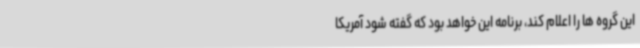
این گروه ها را اعلام کند، برنامه این خواهد بود که گفته شود آمریکا